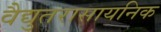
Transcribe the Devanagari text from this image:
वैद्युतरासायनिक